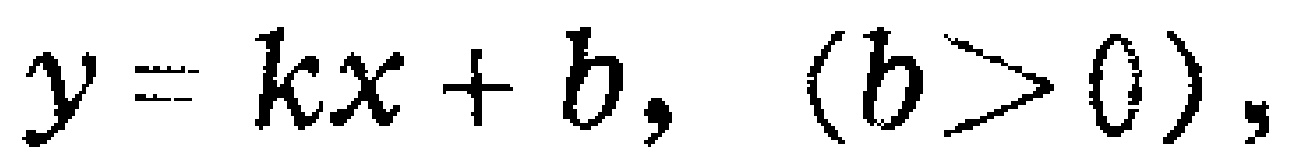
$y = kx + b, \ (b > 0),$